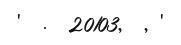
'  .  20103